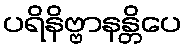
ပရိနိဗ္ဗာနန္တိပေ